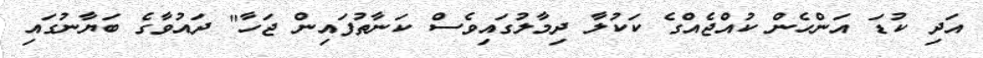
އަދި ކުޑަ އަންހެން ކުއްޖެއްގެ ކަކުލާ ދިމާލުގައިވެސް ކަނާތުފައިން ޖަހާ" ދައުވާގެ ބަޔާނުގައި